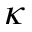
\kappa